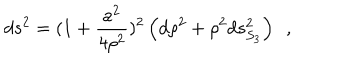
d s ^ { 2 } = ( 1 + { \frac { a ^ { 2 } } { 4 \rho ^ { 2 } } } ) ^ { 2 } \left( d \rho ^ { 2 } + \rho ^ { 2 } d s _ { S _ { 3 } } ^ { 2 } \right) ~ ~ ,